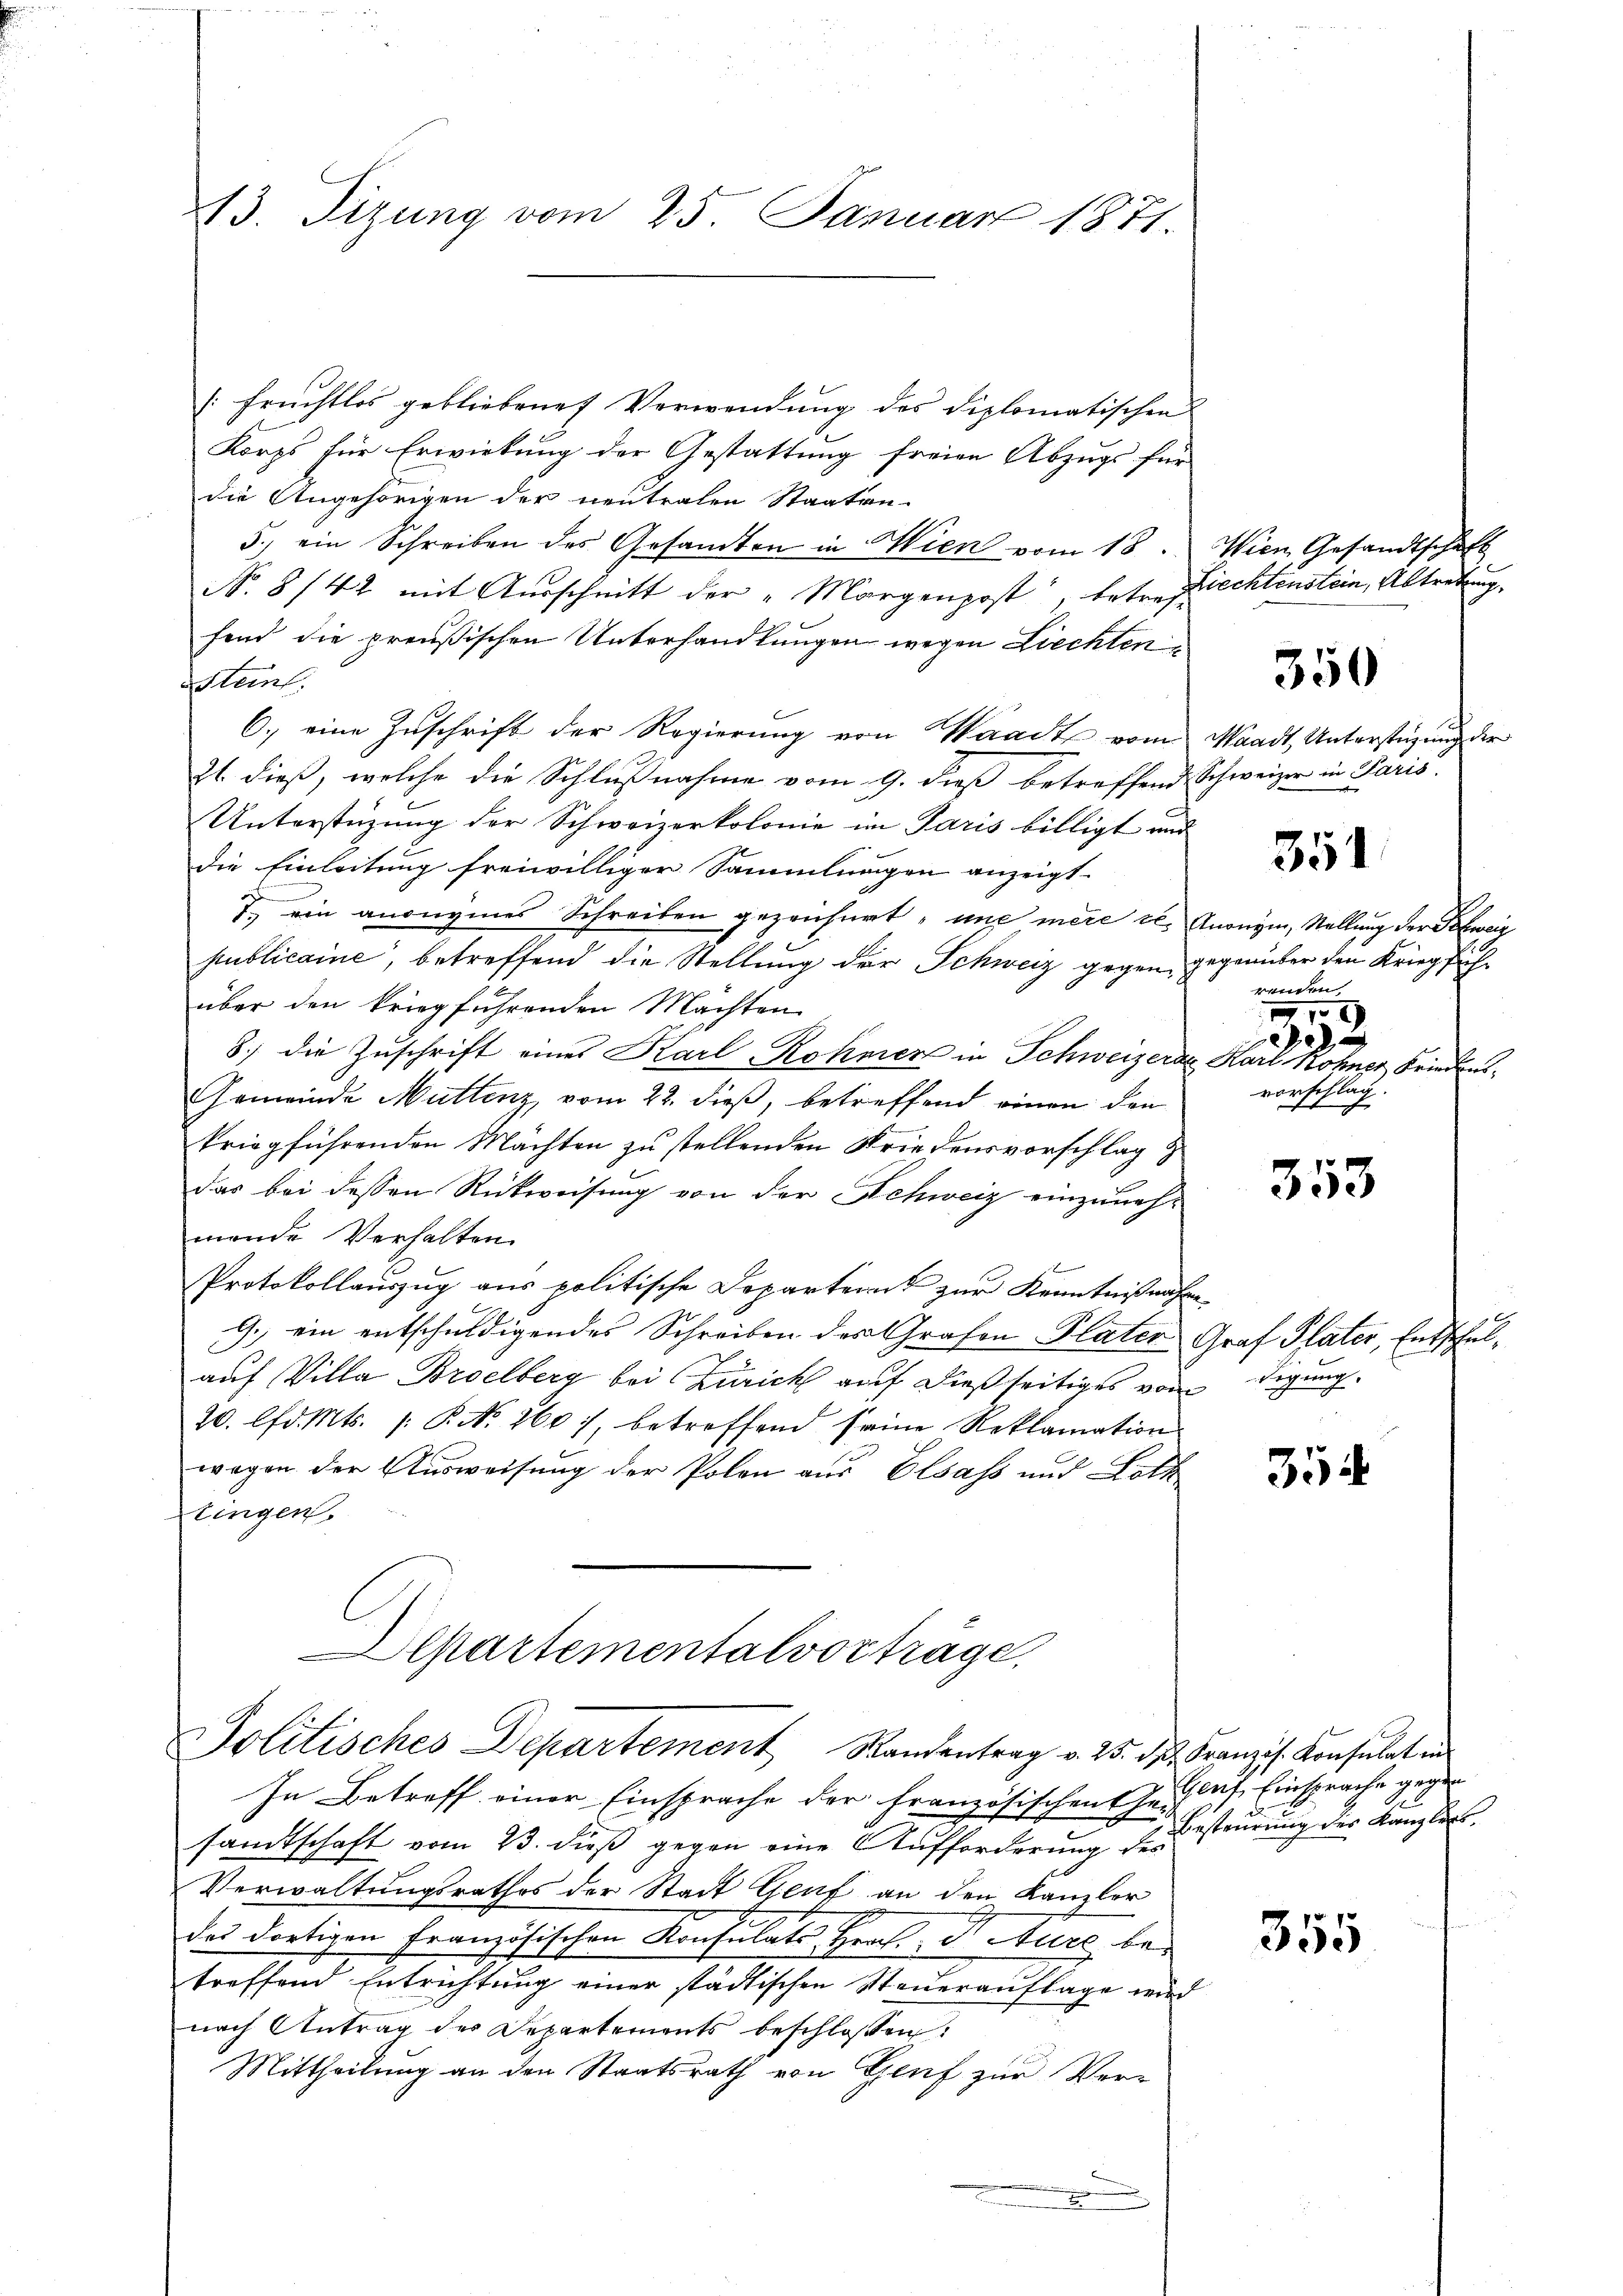
13. Sizung vom 25. Januar 1871.

[Fruchtlos gebliebene Verwendung des Diplomatischen
Korps für Erwirkung der Gestattung freien Abzugs für
die Angehörigen der neutralen Staaten-
5.) ein Schreiben des Gesandten in Wien vom 18.
No. 8142 mit Ausschnitt der „Morgenpost, betref-
fend die preußischen Unterhandlungen wegen Liechten¬
Stent.
6.) eine Zuschrift der Regierung von Waadt vom Waadt, Unterstüzung der
Zt. dieß, welche die Schlußnahme vom 9. dieß betreffend Schweizer in Paris.
Unterstüzung der Schweizerkolonie im Paris billigt und
die Einleitung freiwilliger Sammlungen anzeigt
7. ein anonymes Schreiben gezeichnet, une mère et. Anonym, Stellung der Schweiz
publicaine, betreffend die Stellung der Schweiz gegen gegenüber den Krieg sichüber den kriegführenden Machten
3.) die Zuschrift eines Karl-Rokmier in Schweizerae Karl Rohner Friedous¬
Gemeinde Muttenz, vom 22. dieß, betreffend einen den
kriegführenden Mächten zu stellenden Friedensvorschlag z
das bei dessen Rückweisung von der Schweiz einzuneh-
mende Verhalten
Protokollauszug aus politische Departens zur Kenntnißnahen
9. ein entschuldigendes Schreiben des Grafen Plater Graf Plater, Entschulauf Villa Broelberg bei Zürich auf dießseitiges von Regung.
20. lfd. Mts. /: P. Nr. 260, betreffend seine Reklamation
wogen der Ausweisung der Polen aus Elsass und Loth
tingen.

Departementalvorträge,
Politisches Departement Standentrag v. 25. dβ. Franzis. Konsulat und

Wien Gesandtschaft
Liechtenstein, Abtretung,

In Betreff einer Einsprache der Französischen Zeit las Einsprache gegen
sandtschaft vom 23. dieß gegen eine Aufforderung des
Verwaltungsrathes der Stadt Genf an den Kanzler
des dortigen Französischen Konsulats Graf Acture betreffend Entrichtung einer städtischen Steuerauflage wird
nach Antrag des Departements beschloßen:
Mittheilung an den Staatsrath von Genf zur Ver-

e
.

350

351

renden
15
2
vorschlag

353

354

355

Besteurung des Kanzlers,